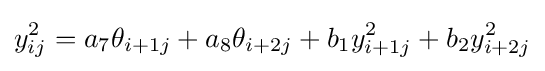
y_{ij}^{2}=a_{7}\theta _{i+1j}+a_{8}\theta _{i+2j}+b_{1}y_{i+1j}^{2}+b_{2}y_{i+2j}^{2}